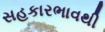
સહકારભાવથી